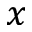
x